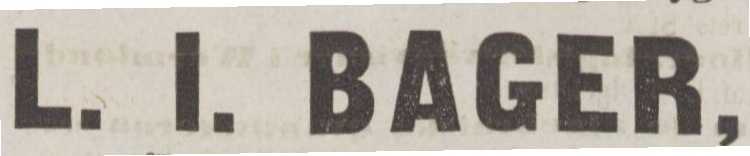
L. I. BAGER,